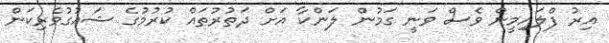
އިރު ފްލައިމީން ވެސް ވަނީ ގަމުން ލަންކާ އަށް ދަތުރުތައް ކުރުމުގެ ޝައުގުވެރިކަން